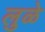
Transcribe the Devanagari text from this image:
लुळे